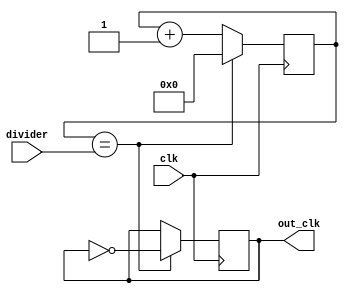
module programmable_clock_divider
(
    input wire clk,
    input wire [7:0] divider,
    output reg out_clk
);

reg [7:0] counter;

always @(posedge clk)
begin
    counter <= counter + 1;
    
    if (counter == divider)
    begin
        counter <= 0;
        out_clk <= ~out_clk;
    end
end

endmodule